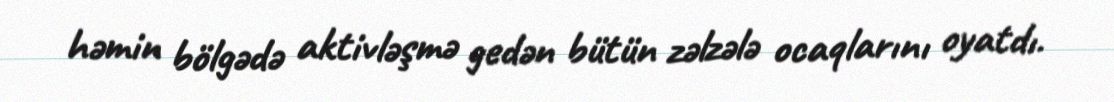
həmin bölgədə aktivləşmə gedən bütün zəlzələ ocaqlarını oyatdı.